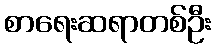
စာရေးဆရာတစ်ဦး